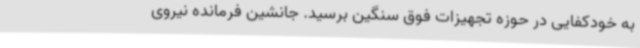
به خودکفایی در حوزه تجهیزات فوق سنگین برسید. جانشین فرمانده نیروی